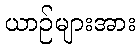
ယာဉ်များအား